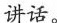
讲话。